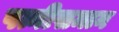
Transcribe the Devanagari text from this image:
पत्नीसमान